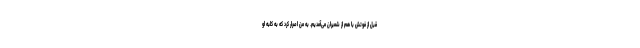
قبل از فوتش با هم از شمیران می‌آمدیم. به من اصرار کرد که به کلبه او